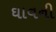
ઘાવની